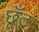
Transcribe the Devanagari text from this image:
छूँट